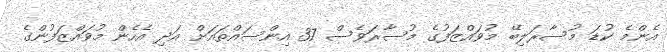
އެންމެ ކުޑަ މުސާރަލިބޭ މުވައްޒަފުގެ މުސާރަވެސް 37 އިންސައްތައަށް އަދި އެހެން މުވައްޒަފުންގެ